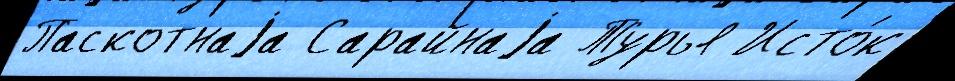
Паскотнаjа Сарайнаjа Турья Исто́к